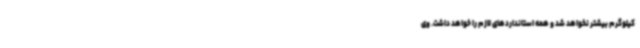
کیلوگرم بیشتر نخواهد شد و همه استانداردهای لازم را خواهد داشت. وی